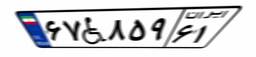
۶۷W۸۵۹۶۱